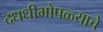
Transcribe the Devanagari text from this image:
दधधीभोपळ्याचे